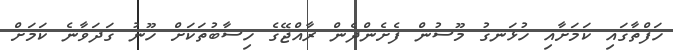
ހަފްތާގައި ކަމަށާއި ހުޅަނގު މޫސުން ފެށެންދެން ރާއްޖޭގެ ހިސާބުތަކަށް ހޫނު ގަދަވާނެ ކަމަށް